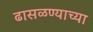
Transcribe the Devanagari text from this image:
ढासळण्याच्या